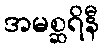
အမစ္ဆရိနီ